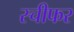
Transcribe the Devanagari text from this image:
स्चीफर